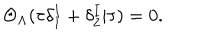
LaTeX: \Theta _ { \Lambda } ( \tau \delta _ { 1 } ^ { I } + \delta _ { 2 } ^ { I } | \tau ) = 0 .